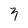
Character: 3